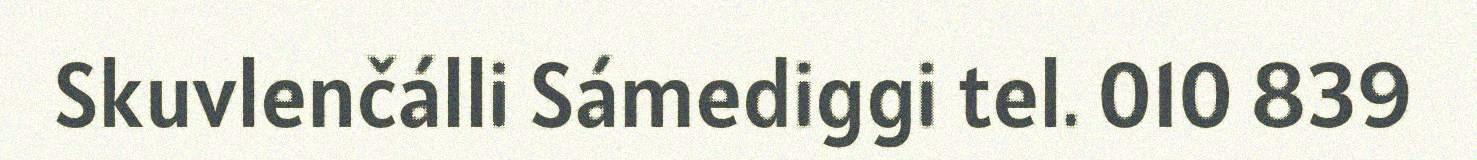
Skuvlenčálli Sámediggi tel. 010 839